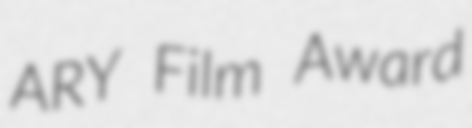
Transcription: ARY Film Award